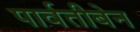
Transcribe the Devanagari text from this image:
पार्वतीबेन